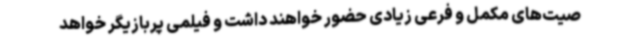
صیت‌های مکمل و فرعی زیادی حضور خواهند داشت و فیلمی پربازیگر خواهد